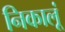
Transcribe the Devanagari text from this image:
निकालूं